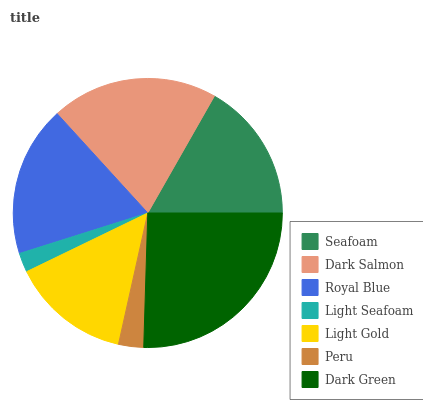
| Seafoam | Dark Salmon | Royal Blue | Light Seafoam | Light Gold | Peru | Dark Green |
 | --- | --- | --- | --- | --- | --- | --- |
 | 16.7% | 20% | 18.1% | 2.31% | 14.3% | 3.01% | 25.5% |